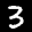
Label: 3